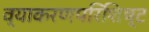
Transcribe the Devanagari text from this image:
व्याकरणपरिशिष्ट